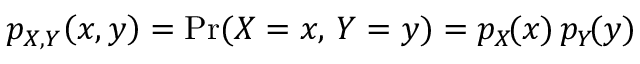
p _ { X , Y } \! \left( x , y \right) = \operatorname* { P r } ( X = x , \, Y = y ) = p _ { X } \! ( x ) \, p _ { Y } \! ( y )